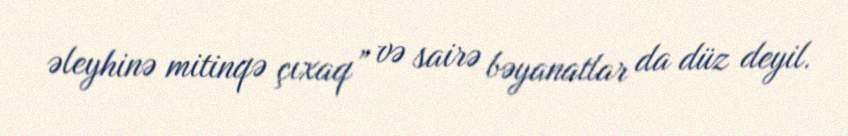
əleyhinə mitinqə çıxaq” və sairə bəyanatlar da düz deyil.